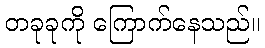
တခုခုကို ကြောက်နေသည်။